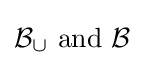
{\mathcal {B}}_{\cup }{\text{ and }}{\mathcal {B}}